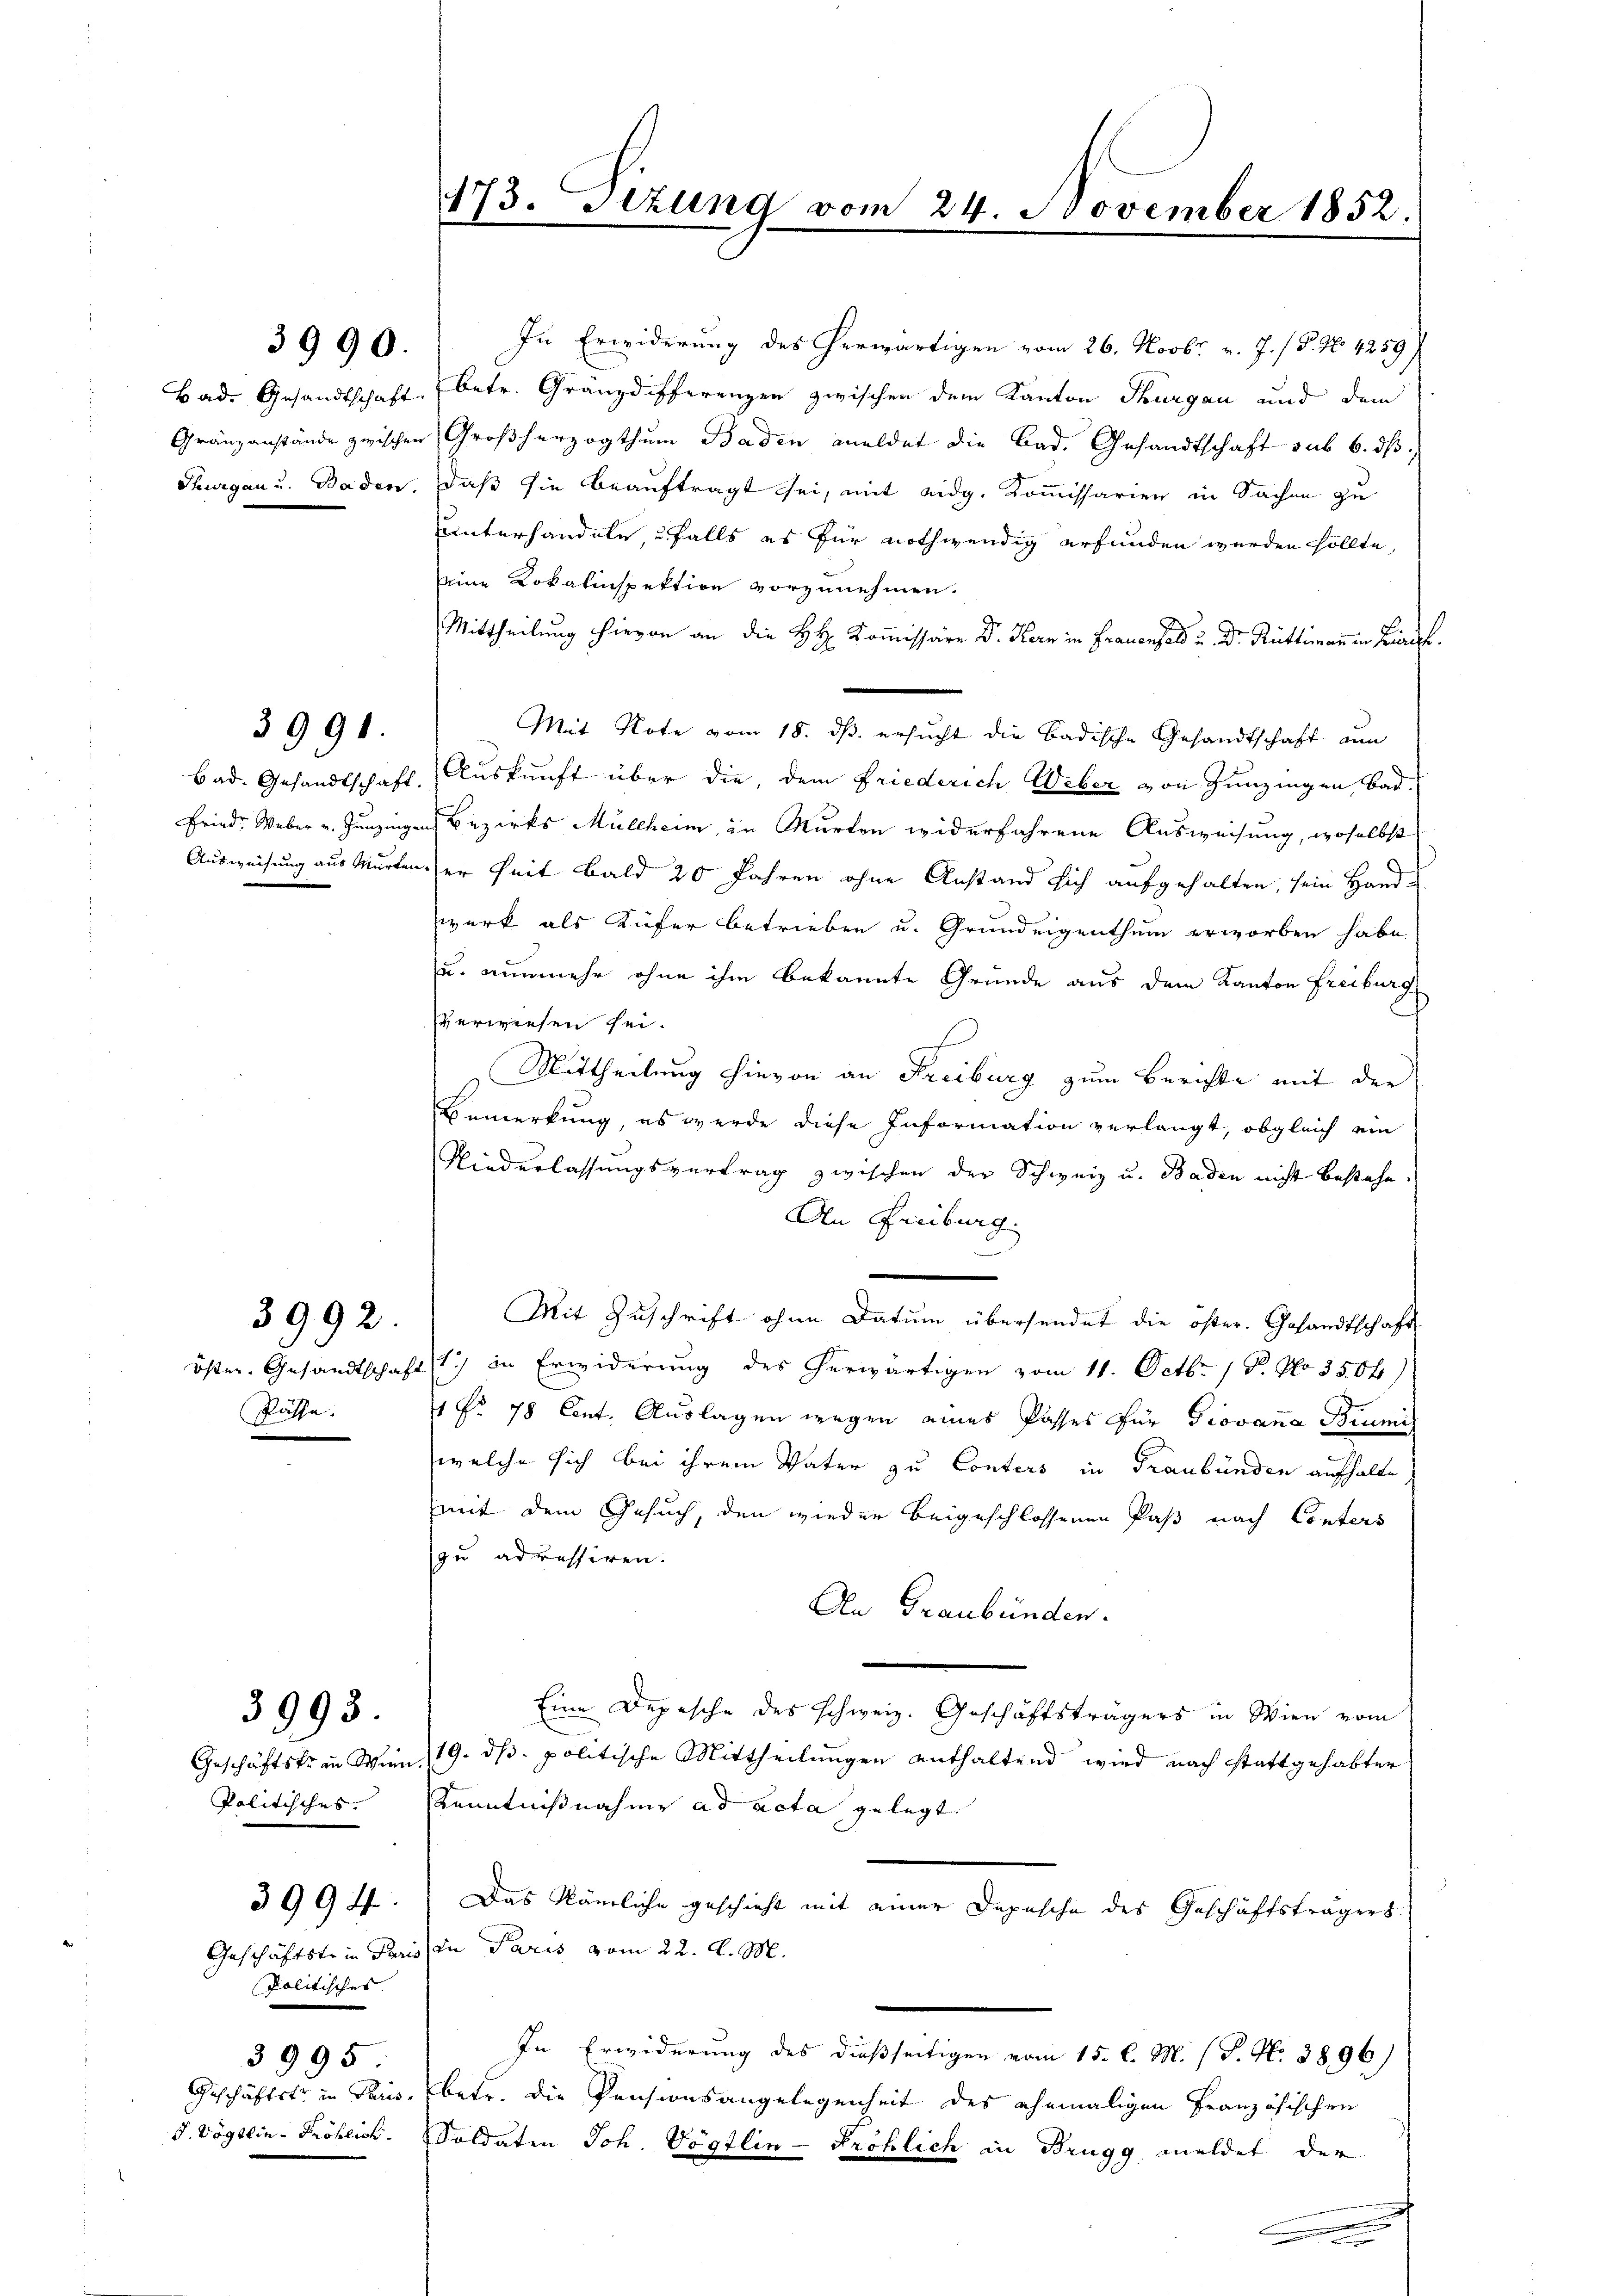
3991.

3990.

Päthe.

3992.

3993.

Politisches.

politisches
3995.
Geschäftst in Paris
J. Vögtlin - Pröhlich.

3994

Bad. Gesandtschaft, betr. Gränzdifferenzen zwischen dem Kanton Thurgau und dem
Gränzanstände zwischen Großherzogthum Baden meldet die Bad. Gesandtschaft sub 6. dβ
Thurgau u. Baden. Daß sie beauftragt sei, mit eidg. Kommissarien in Sachen zu
uunterhandele falls es für nothwendig erfunden werden sollte,
eine Lokalinspektion vorzunehmen.
F
Mittheilung hievon an die HH. Kommissäre Dr. Kern in Frauenfeld u. Dr. Rüttimann in Zürich
Mit Note vom 18. dß ersucht die Badische Gesandtschaft nun
Bad. Gesandtschaft. Auskunft über die, dem Friederich Weber von Hunzingen bad.
Fried. Weber v. Junzingens Bezirks Mulchen, in Murten widerfahrene Ausweisung, woselbst
Ausweisung aus Murten er heit bald 20 Jahren ohne Anstand sich aufgehalten, sein Hand-
werk als Küfer betrieben u. Grundeigenthum erworben habe.
u. nunmehr ohne ihm bekannte Gründe aus dem Kanton Freiburg
erwiesen sei.
s
Mittheilung hievon an Freiburg zum Berichte mit der
Bemerkung, es werde diese Information verlangt, obgleich ein
Niederlassungsvertrag zwischen der Schweiz u. Baden nicht bestehe.
An Freiburg.
Mit Zuschrift ohne Datum übersendet die öster. Gesandtschaft
öster Gesandtschaft 1) in Erwiderung des herwärtigen vom 11. Octb. 18. No 3504)
1 No 78 Cent. Auslagen wegen eines Passes für Giovana Brumi
welche sich bei ihrem Vater zu Conters in Graubünden aufhalte
mit dem Gesuch, den wieder beigeschlossenen Paß nach Conters
zu adressiren.
An Graubünden.
Eine Depesche des schweiz. Geschäftsträgers in Wien vom
Geschäftskein Wien 19. dβ. politische Mittheilungen enthaltend wird nach stattgehabter
Kenntnißnahme ad acta gelegt.
Das Nämliche geschieht mit einer Depesche des Geschäftsträgers
Geschäftstein Paris in Paris vom 22. d. M.
In Erwiderung des dießseitigen vom 15. l. M. (T. N. 3896)
betr. die Pensionsangelegenheit des ehemaligen Französischen
Soldaten Joh. Vögtlin -Pröhlich in Brugg, meldet der

173. sizung vom 24. November 1852.

In Erwiderung des herwärtigen vom 26. Novbr. v. J. (S. 46. 4259)